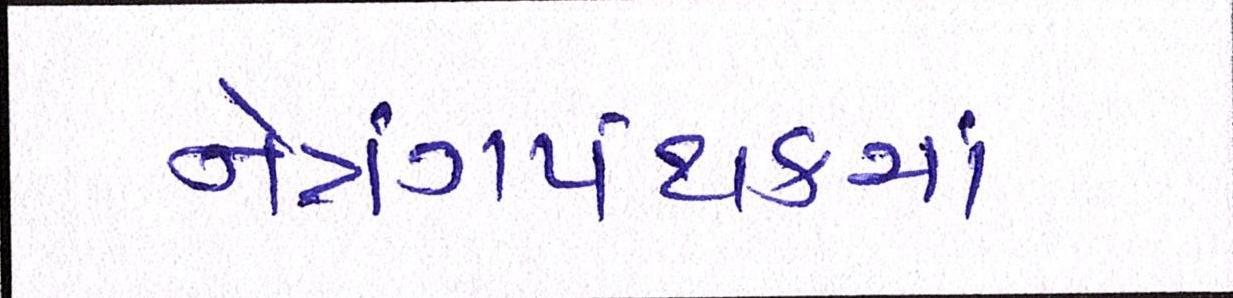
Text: નેત્રંગપંથકમાં